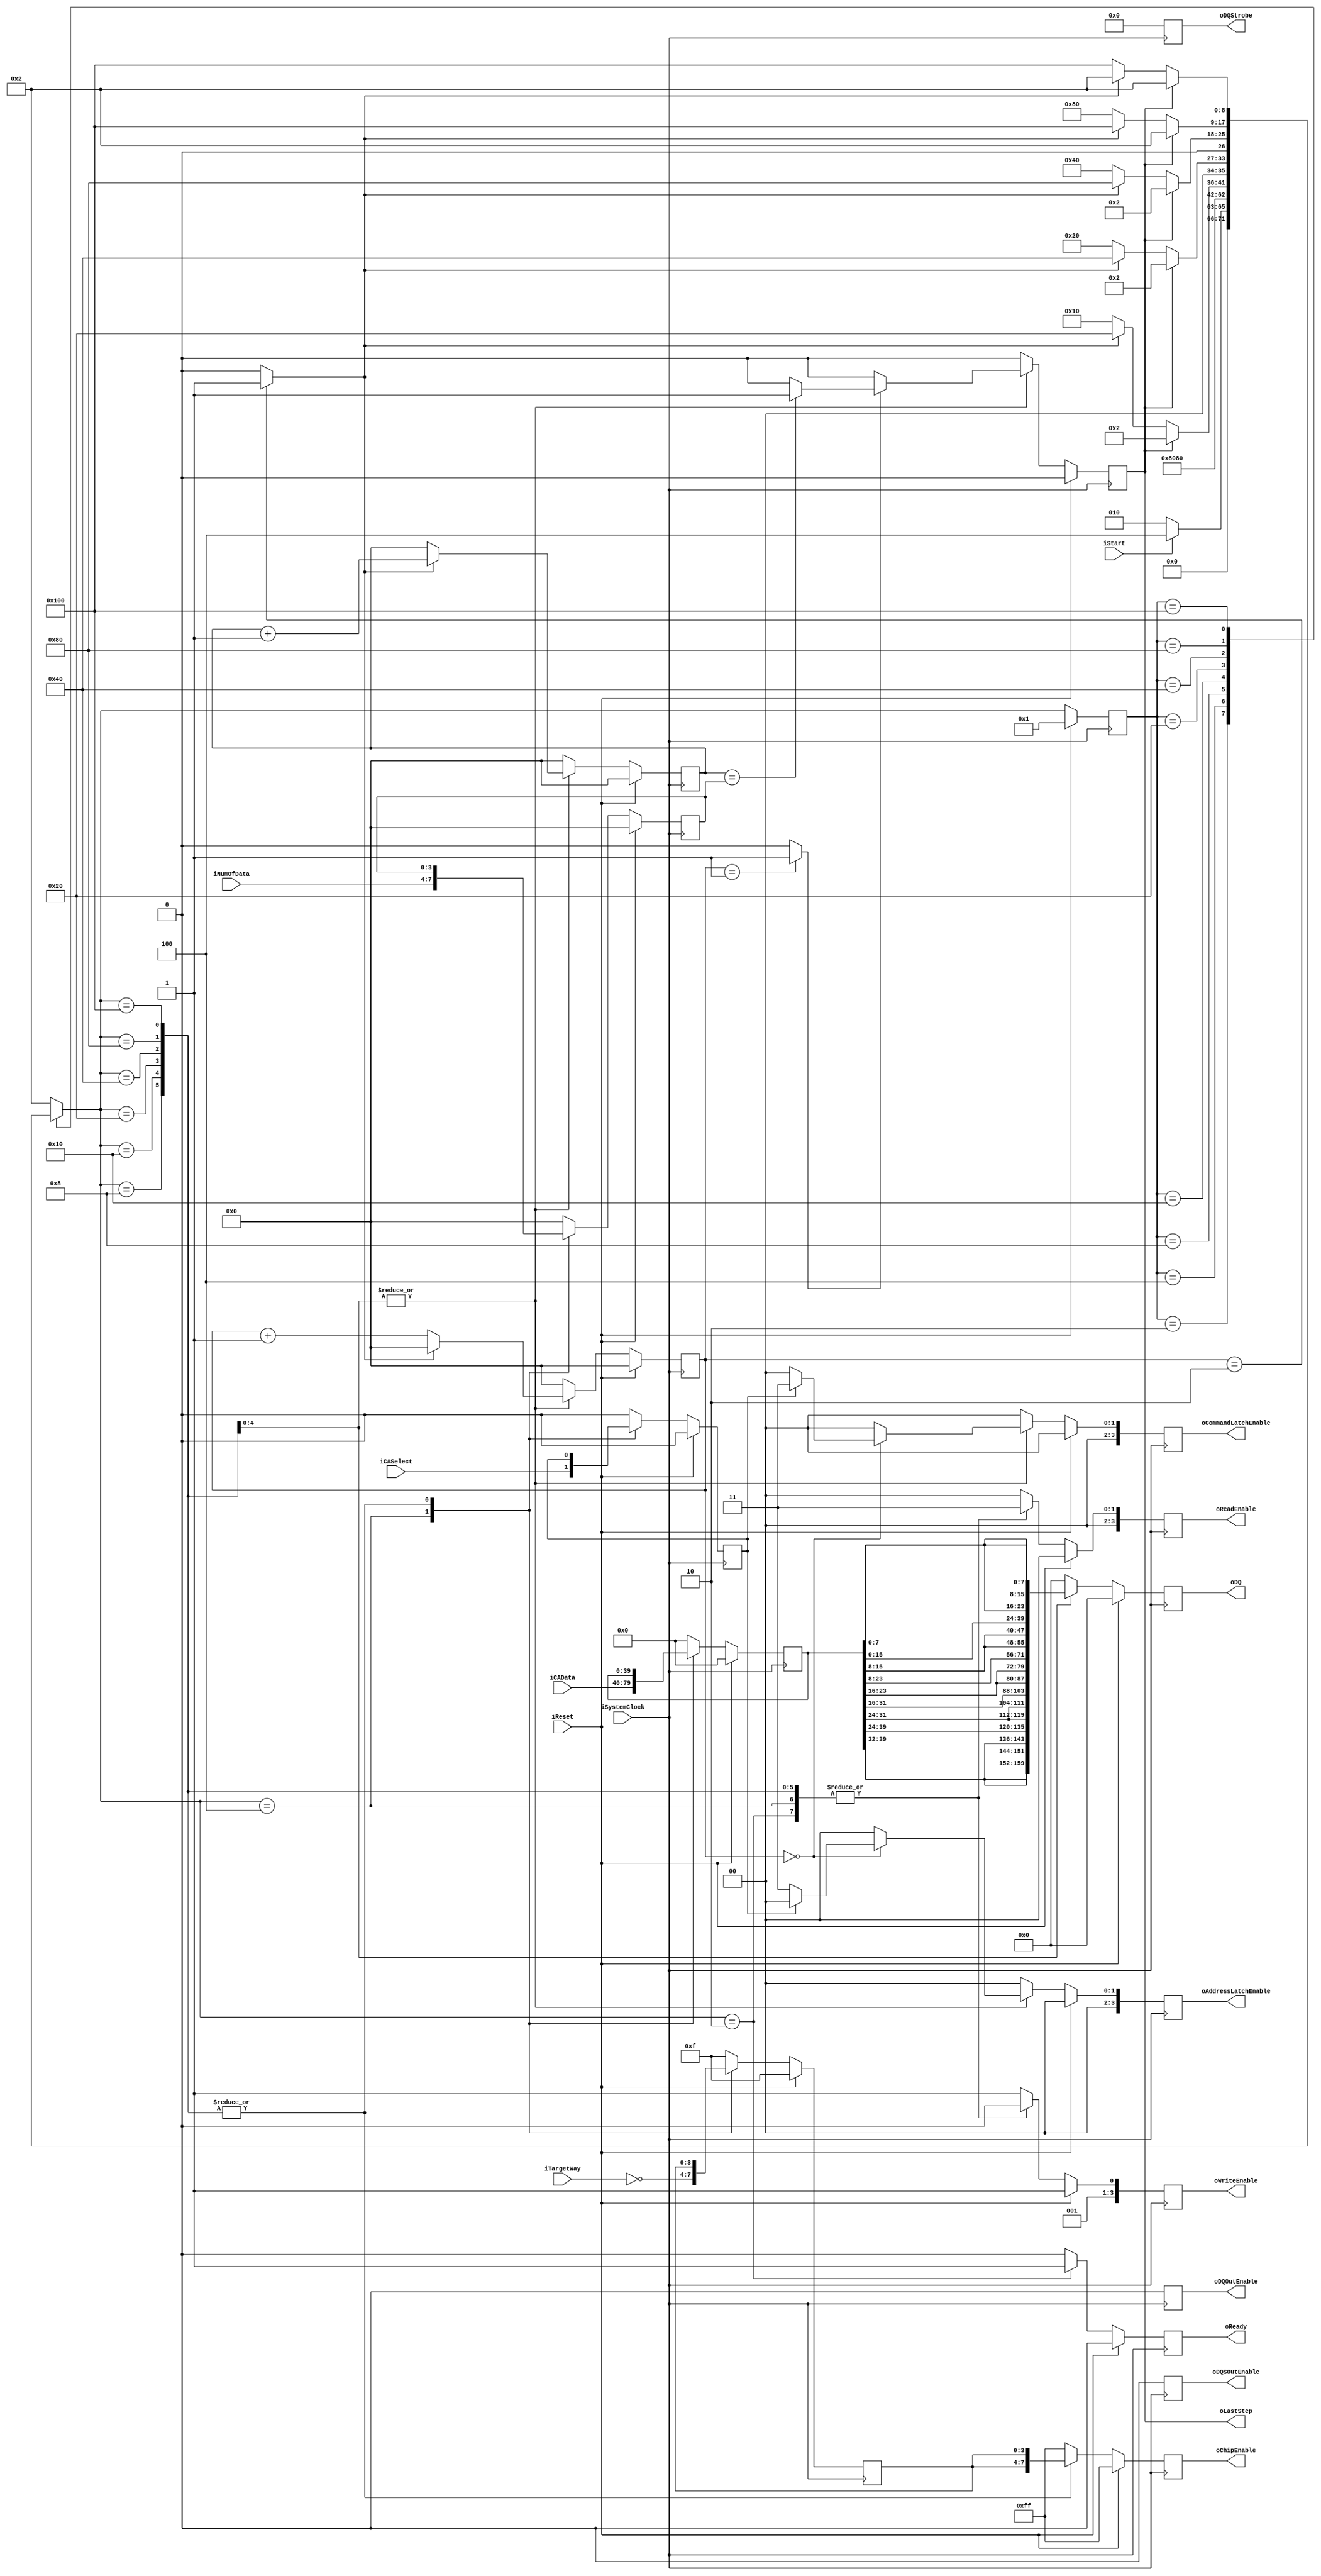
`timescale 1ns / 1ps
module NFC_Atom_Command_Sync
#
(
    parameter NumberOfWays    =   4
)
(
    iSystemClock            ,
    iReset                  ,
    oReady                  ,
    oLastStep               ,
    iStart                  ,
    iTargetWay              ,
    iNumOfData              ,
    iCASelect               ,
    iCAData                 ,

    oDQSOutEnable           ,
    oDQOutEnable            ,
    oDQStrobe               ,
    oDQ                     ,
    oChipEnable             ,
    oReadEnable             ,
    oWriteEnable            ,
    oAddressLatchEnable     ,
    oCommandLatchEnable  
);

    input                           iSystemClock            ;
    input                           iReset                  ;
    output                          oReady                  ;
    output                          oLastStep               ;
    input                           iStart                  ;
    input   [NumberOfWays - 1:0]    iTargetWay              ;
    input   [3:0]                   iNumOfData              ;
    input                           iCASelect               ;
    input   [39:0]                  iCAData                 ;

    output                          oDQSOutEnable           ;
    output                          oDQOutEnable            ;

    output  [7:0]                   oDQStrobe               ;
    output  [31:0]                  oDQ                     ;
    output  [2*NumberOfWays - 1:0]  oChipEnable             ;
    output  [3:0]                   oReadEnable             ;
    output  [3:0]                   oWriteEnable            ;
    output  [3:0]                   oAddressLatchEnable     ;
    output  [3:0]                   oCommandLatchEnable     ;

    // FSM
    // IDLE
    // capture CAData
    // output command or address

    reg                           rReady                  ;
    reg                           rLastStep               ;

    reg   [NumberOfWays - 1:0]    rTargetWay              ;
    reg   [3:0]                   rNumOfData              ;
    reg                           rCASelect               ;
    reg   [39:0]                  rCAData                 ;

    reg                           rDQSOutEnable           ;
    reg                           rDQOutEnable            ;
 
    reg  [7:0]                    rDQStrobe               ;
    reg  [31:0]                   rDQ                     ;
    reg  [2*NumberOfWays - 1:0]   rChipEnable             ;
    reg  [3:0]                    rReadEnable             ;
    reg  [3:0]                    rWriteEnable            ;
    reg  [3:0]                    rAddressLatchEnable     ;
    reg  [3:0]                    rCommandLatchEnable     ;

    reg  [3:0]                    rACS_DataCounter        ;
    reg  [3:0]                    rACS_TimeCounter        ;

    reg                           rHalt                   ;


    wire                          wTimerDone = (rACS_TimeCounter == 4'd2) ? 1 : 0 ; // this is for tCAD
    wire                          wTimerD1   = (rACS_TimeCounter == 4'd1) ? 1 : 0 ; // this is for tCAD
    wire                          wACSDone   = (rACS_DataCounter == rNumOfData) ? 1 : 0 ;

    localparam Write_Valid = 4'b0010;
    localparam Write_Idle  = 4'b0011;

    localparam Out_Enable  = 0;
    localparam Out_Disable = 1;
    
    // FSM Parameters/Wires/Regs
    localparam ACS_FSM_BIT = 9;
    localparam ACS_RESET = 9'b0_0000_0001;
    localparam ACS_READY = 9'b0_0000_0010; // Ready
    localparam ACS_LATCH = 9'b0_0000_0100; // Command/Address capture: first
    localparam ACS_DQSHZ = 9'b0_0000_1000; // tCAD
    localparam ACS_OST00 = 9'b0_0001_0000; // output data
    localparam ACS_OST01 = 9'b0_0010_0000; // output data
    localparam ACS_OST02 = 9'b0_0100_0000; // output data
    localparam ACS_OST03 = 9'b0_1000_0000; // output data
    localparam ACS_OST04 = 9'b1_0000_0000; // output data

    reg     [ACS_FSM_BIT-1:0]       rACS_cur_state          ;
    reg     [ACS_FSM_BIT-1:0]       rACS_nxt_state          ;

    // FSM: Atom_Command_Sync
    
    // update current state to next state
    always @ (posedge iSystemClock) begin
        if (iReset) begin
            rACS_cur_state <= ACS_RESET;
        end else begin
            rACS_cur_state <= rACS_nxt_state;
        end
    end
    
    // deside next state
    always @ ( * ) begin
        case (rACS_cur_state)
            ACS_RESET: begin
                rACS_nxt_state <= ACS_READY;
            end
            ACS_READY: begin
                rACS_nxt_state <= (iStart)? ACS_LATCH:ACS_READY;
            end
            ACS_LATCH: begin
                rACS_nxt_state <= ACS_DQSHZ;
            end
            ACS_DQSHZ: begin
                rACS_nxt_state <= ACS_OST00 ; //(wTimerDone)? ACS_OST00:ACS_DQSHZ;
            end
            ACS_OST00: begin
                rACS_nxt_state <= (rLastStep) ? ACS_READY : (wTimerDone ? ACS_OST01 : ACS_OST00); // 100ns
            end
            ACS_OST01: begin
                rACS_nxt_state <= (rLastStep) ? ACS_READY : (wTimerDone ? ACS_OST02 : ACS_OST01);
            end
            ACS_OST02: begin
                rACS_nxt_state <= (rLastStep) ? ACS_READY : (wTimerDone ? ACS_OST03 : ACS_OST02);
            end
            ACS_OST03: begin
                rACS_nxt_state <= (rLastStep) ? ACS_READY : (wTimerDone ? ACS_OST04 : ACS_OST03);
            end
            ACS_OST04: begin
                rACS_nxt_state <= (rLastStep) ? ACS_READY : (wTimerDone ? ACS_READY : ACS_OST04);
            end
            default:
                rACS_nxt_state <= ACS_READY;
        endcase
    end

    // state behaviour
    always @ (posedge iSystemClock) begin
        if (iReset) begin
            rReady              <= 1'b0;
            rLastStep           <= 1'b0;

            rTargetWay          <= { NumberOfWays{1'b1} };
            rNumOfData          <= 4'h0;
            rCASelect           <= 1'b0;
            rCAData             <= 40'h00_00_00_00_00;
            
            rDQSOutEnable       <= Out_Enable;    
            rDQOutEnable        <= Out_Enable;

            rDQStrobe           <= 8'h0;
            rDQ                 <= 32'h0000;
            rChipEnable         <= { 2*NumberOfWays{1'b1} };
            rReadEnable         <= 4'h0;
            rWriteEnable        <= Write_Idle;
            rAddressLatchEnable <= 4'h0;
            rCommandLatchEnable <= 4'h0; 

            rACS_DataCounter    <= 4'd0;
            rACS_TimeCounter    <= 4'd0;
            rHalt               <= 0;
        end else begin
            case (rACS_nxt_state)
                ACS_RESET: begin
                    rReady              <= 1'b0;
                    rLastStep           <= 1'b0;

                    rTargetWay          <= { NumberOfWays{1'b1} };
                    rNumOfData          <= 4'h0;
                    rCASelect           <= 1'b0;
                    rCAData             <= 40'h00_00_00_00_00;
                    
                    rDQSOutEnable       <= Out_Enable;    
                    rDQOutEnable        <= Out_Enable;

                    rDQStrobe           <= 8'h0;
                    rDQ                 <= 32'h0000;
                    rChipEnable         <= { 2*NumberOfWays{1'b1} };
                    rReadEnable         <= 4'h0;
                    rWriteEnable        <= Write_Idle;
                    rAddressLatchEnable <= 4'h0;
                    rCommandLatchEnable <= 4'h0; 

                    rACS_DataCounter    <= 4'd0;
                    rACS_TimeCounter    <= 4'd0;
                    rHalt               <= 0;
                end
                ACS_READY: begin
                    rReady              <= 1'b1;
                    rLastStep           <= 1'b0;

                    rTargetWay          <= { NumberOfWays{1'b1} };
                    rNumOfData          <= 4'h0;
                    rCASelect           <= 1'b0;
                    rCAData             <= 40'h00_00_00_00_00;
                    
                    rDQSOutEnable       <= Out_Enable;    
                    rDQOutEnable        <= Out_Enable;

                    rDQStrobe           <= 8'h0;
                    rDQ                 <= 32'h0000;
                    rChipEnable         <= { 2*NumberOfWays{1'b1} };
                    rReadEnable         <= 4'b0011;
                    rWriteEnable        <= Write_Valid;
                    rAddressLatchEnable <= 4'h0;
                    rCommandLatchEnable <= 4'h0; 

                    rACS_DataCounter    <= 4'd0;
                    rACS_TimeCounter    <= 4'd0;
                    rHalt               <= 0;
                end
                ACS_LATCH: begin
                    rReady              <= 1'b0;
                    rLastStep           <= 1'b0;

                    rTargetWay          <= ~iTargetWay;
                    rNumOfData          <= iNumOfData;
                    rCASelect           <= iCASelect ;
                    rCAData             <= iCAData   ;
                    
                    rDQSOutEnable       <= Out_Enable;    
                    rDQOutEnable        <= Out_Enable;

                    rDQStrobe           <= 8'h0;
                    rDQ                 <= 32'h0000;
                    rChipEnable         <= { 2*NumberOfWays{1'b1} };
                    rReadEnable         <= 4'b0011;
                    rWriteEnable        <= Write_Valid;
                    rAddressLatchEnable <= 4'h0;
                    rCommandLatchEnable <= 4'h0; 

                    rACS_DataCounter    <= 4'd0;
                    rACS_TimeCounter    <= 4'd0;
                    rHalt               <= 0;
                end
                ACS_DQSHZ: begin
                    rReady              <= 1'b0;
                    rLastStep           <= 1'b0;

                    rTargetWay          <= rTargetWay;
                    rNumOfData          <= rNumOfData;
                    rCASelect           <= rCASelect ;
                    rCAData             <= rCAData   ;
                    
                    rDQSOutEnable       <= Out_Enable;    
                    rDQOutEnable        <= Out_Enable;

                    rDQStrobe           <= 8'h0;
                    rDQ                 <= 32'h0000;
                    rChipEnable         <= {rTargetWay ,rTargetWay};
                    rReadEnable         <= 4'b0011;
                    rWriteEnable        <= Write_Valid;
                    rAddressLatchEnable <= 4'b0000;
                    rCommandLatchEnable <= 4'b0000;

                    rACS_DataCounter    <= 4'd0;
                    rACS_TimeCounter    <= 0;
                    rHalt               <= 0;
                end
                ACS_OST00: begin
                    rReady              <= 1'b0;
                    rLastStep           <= wTimerD1 ? wACSDone : 0;

                    rTargetWay          <= rTargetWay;
                    rNumOfData          <= rNumOfData;
                    rCASelect           <= rCASelect ;
                    rCAData             <= rCAData   ;
                    
                    rDQSOutEnable       <= Out_Enable;    
                    rDQOutEnable        <= Out_Enable;

                    rDQStrobe           <= 8'h0;
                    rDQ                 <= {4{rCAData[39:32]}};
                    rChipEnable         <= {rTargetWay ,rTargetWay};
                    rReadEnable         <= 4'b0011;
                    rWriteEnable        <= Write_Valid;
                    rAddressLatchEnable <= (rACS_TimeCounter == 0) ? ((rCASelect) ? 4'b0000 : 4'b0011) : 4'b0000 ;
                    rCommandLatchEnable <= (rACS_TimeCounter == 0) ? ((rCASelect) ? 4'b0011 : 4'b0000) : 4'b0000 ;

                    rACS_DataCounter    <= (wTimerDone) ? rACS_DataCounter + 1 : rACS_DataCounter;
                    rACS_TimeCounter    <= (wTimerDone) ? 0 : rACS_TimeCounter + 1;
                    rHalt               <= ~rHalt;
                end
                ACS_OST01: begin
                    rReady              <= 1'b0;
                    rLastStep           <= wTimerD1 ? wACSDone : 0;

                    rTargetWay          <= rTargetWay;
                    rNumOfData          <= rNumOfData;
                    rCASelect           <= rCASelect ;
                    rCAData             <= rCAData   ;
                    
                    rDQSOutEnable       <= Out_Enable;    
                    rDQOutEnable        <= Out_Enable;

                    rDQStrobe           <= 8'h0;
                    rDQ                 <= {4{rCAData[31:24]}};
                    rChipEnable         <= {rTargetWay ,rTargetWay};
                    rReadEnable         <= 4'b0011;
                    rWriteEnable        <= Write_Valid;
                    rAddressLatchEnable <= (rACS_TimeCounter == 0) ? ((rCASelect) ? 4'b0000 : 4'b0011) : 4'b0000 ;
                    rCommandLatchEnable <= (rACS_TimeCounter == 0) ? ((rCASelect) ? 4'b0011 : 4'b0000) : 4'b0000 ;

                    rACS_DataCounter    <= (wTimerDone) ? rACS_DataCounter + 1 : rACS_DataCounter;
                    rACS_TimeCounter    <= (wTimerDone) ? 0 : rACS_TimeCounter + 1;
                    rHalt               <= ~rHalt;
                end
                ACS_OST02: begin
                    rReady              <= 1'b0;
                    rLastStep           <= wTimerD1 ? wACSDone : 0;

                    rTargetWay          <= rTargetWay;
                    rNumOfData          <= rNumOfData;
                    rCASelect           <= rCASelect ;
                    rCAData             <= rCAData   ;
                    
                    rDQSOutEnable       <= Out_Enable;    
                    rDQOutEnable        <= Out_Enable;

                    rDQStrobe           <= 8'h0;
                    rDQ                 <= {4{rCAData[23:16]}};
                    rChipEnable         <= {rTargetWay ,rTargetWay};
                    rReadEnable         <= 4'b0011;
                    rWriteEnable        <= Write_Valid;
                    rAddressLatchEnable <= (rACS_TimeCounter == 0) ? ((rCASelect) ? 4'b0000 : 4'b0011) : 4'b0000 ;
                    rCommandLatchEnable <= (rACS_TimeCounter == 0) ? ((rCASelect) ? 4'b0011 : 4'b0000) : 4'b0000 ;

                    rACS_DataCounter    <= (wTimerDone) ? rACS_DataCounter + 1 : rACS_DataCounter;
                    rACS_TimeCounter    <= (wTimerDone) ? 0 : rACS_TimeCounter + 1;
                    rHalt               <= ~rHalt;
                end
                ACS_OST03: begin
                    rReady              <= 1'b0;
                    rLastStep           <= wTimerD1 ? wACSDone : 0;

                    rTargetWay          <= rTargetWay;
                    rNumOfData          <= rNumOfData;
                    rCASelect           <= rCASelect ;
                    rCAData             <= rCAData   ;
                    
                    rDQSOutEnable       <= Out_Enable;    
                    rDQOutEnable        <= Out_Enable;

                    rDQStrobe           <= 8'h0;
                    rDQ                 <= {4{rCAData[15:8]}};
                    rChipEnable         <= {rTargetWay ,rTargetWay};
                    rReadEnable         <= 4'b0011;
                    rWriteEnable        <= Write_Valid;
                    rAddressLatchEnable <= (rACS_TimeCounter == 0) ? ((rCASelect) ? 4'b0000 : 4'b0011) : 4'b0000 ;
                    rCommandLatchEnable <= (rACS_TimeCounter == 0) ? ((rCASelect) ? 4'b0011 : 4'b0000) : 4'b0000 ;

                    rACS_DataCounter    <= (wTimerDone) ? rACS_DataCounter + 1 : rACS_DataCounter;
                    rACS_TimeCounter    <= (wTimerDone) ? 0 : rACS_TimeCounter + 1;
                    rHalt               <= ~rHalt;
                end
                ACS_OST04: begin
                    rReady              <= 1'b0;
                    rLastStep           <= wTimerD1 ? wACSDone : 0;

                    rTargetWay          <= rTargetWay;
                    rNumOfData          <= rNumOfData;
                    rCASelect           <= rCASelect ;
                    rCAData             <= rCAData   ;
                    
                    rDQSOutEnable       <= Out_Enable;    
                    rDQOutEnable        <= Out_Enable;

                    rDQStrobe           <= 8'h0;
                    rDQ                 <= {4{rCAData[7:0]}};
                    rChipEnable         <= {rTargetWay ,rTargetWay};
                    rReadEnable         <= 4'b0011;
                    rWriteEnable        <= Write_Valid;
                    rAddressLatchEnable <= (rACS_TimeCounter == 0) ? ((rCASelect) ? 4'b0000 : 4'b0011) : 4'b0000 ;
                    rCommandLatchEnable <= (rACS_TimeCounter == 0) ? ((rCASelect) ? 4'b0011 : 4'b0000) : 4'b0000 ;

                    rACS_DataCounter    <= (wTimerDone) ? rACS_DataCounter + 1 : rACS_DataCounter;
                    rACS_TimeCounter    <= (wTimerDone) ? 0 : rACS_TimeCounter + 1;
                    rHalt               <= ~rHalt;
                end
                default: begin
                    rReady              <= 1'b0;
                    rLastStep           <= 1'b0;
                    rTargetWay          <= { NumberOfWays{1'b1} };
                    rNumOfData          <= 4'h0;
                    rCASelect           <= 1'b0;
                    rCAData             <= 40'h00_00_00_00_00;
                    
                    rDQSOutEnable       <= Out_Enable;    
                    rDQOutEnable        <= Out_Enable;

                    rDQStrobe           <= 8'h0;
                    rDQ                 <= 32'h0000;
                    rChipEnable         <= { 2*NumberOfWays{1'b1} };
                    rReadEnable         <= 4'h0;
                    rWriteEnable        <= Write_Idle;
                    rAddressLatchEnable <= 4'h0;
                    rCommandLatchEnable <= 4'h0; 

                    rACS_DataCounter    <= 4'd0;
                    rACS_TimeCounter    <= 4'd0;
                    rHalt               <= 4'd0;
                end
            endcase
        end
    end

    assign oReady              = rReady                  ;
    assign oLastStep           = rLastStep               ;

    assign oDQSOutEnable       = rDQSOutEnable           ;   
    assign oDQOutEnable        = rDQOutEnable            ;   
    assign oDQStrobe           = rDQStrobe               ;   
    assign oDQ                 = rDQ                     ;   
    assign oChipEnable         = rChipEnable             ;   
    assign oReadEnable         = rReadEnable             ;   
    assign oWriteEnable        = rWriteEnable            ;   
    assign oAddressLatchEnable = rAddressLatchEnable     ;   
    assign oCommandLatchEnable = rCommandLatchEnable     ;   

endmodule